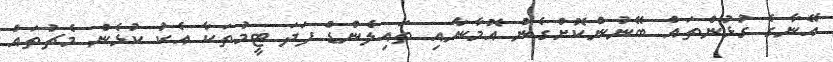
އޭނާގެ ގުޅުންތައް ބޭނުންކޮށްގެން އޮމާނާއި ތައިލެންޑް ފަދަ ޓީމުތަކާ އެކު ކުޅެން މެޗުތައް